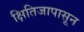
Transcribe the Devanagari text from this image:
क्षितिजापासून